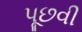
પૂછવી